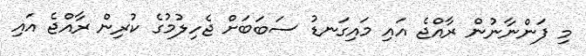
މި ފަންނާނުން ރާއްޖެ އައި މައިގަނޑު ސަބަބަށް ޖެހިލުމުގެ ކުރިން ރާއްޖެ އައި